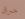
حرق